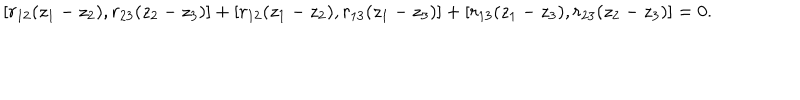
[ r _ { 1 2 } ( z _ { 1 } - z _ { 2 } ) , r _ { 2 3 } ( z _ { 2 } - z _ { 3 } ) ] + [ r _ { 1 2 } ( z _ { 1 } - z _ { 2 } ) , r _ { 1 3 } ( z _ { 1 } - z _ { 3 } ) ] + [ r _ { 1 3 } ( z _ { 1 } - z _ { 3 } ) , r _ { 2 3 } ( z _ { 2 } - z _ { 3 } ) ] = 0 .